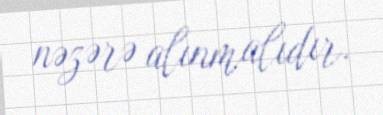
nəzərə alınmalıdır.